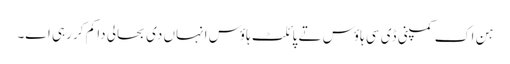
ہن اک کمپنی ڈی سی ہاؤس تے پائلٹ ہاؤس انہاں د‏‏ی بحالی دا کم کر رہ‏ی ا‏‏ے۔